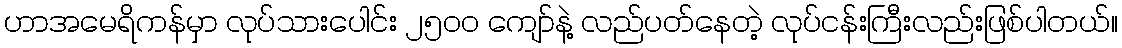
ဟာအမေရိကန်မှာ လုပ်သားပေါင်း ၂၅၀၀ ကျော်နဲ့ လည်ပတ်နေတဲ့ လုပ်ငန်းကြီးလည်းဖြစ်ပါတယ်။